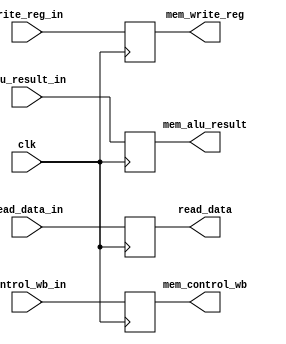
`timescale 1ns / 1ps
//////////////////////////////////////////////////////////////////////////////////
// Company: 
// Engineer: 
// 
// Design Name: 
// Module Name:    s_MEM_WB 
// Project Name: 
// Target Devices: 
// Tool versions: 
// Description: 
//
// Dependencies: 
//
// Revision: 
// Revision 0.01 - File Created
// Additional Comments: 
//
//////////////////////////////////////////////////////////////////////////////////
module s_MEM_WB(
		input [1:0]control_wb_in,
		input [31:0]read_data_in,
		input [31:0]alu_result_in,
		input [4:0]write_reg_in,
		input clk,
		output reg[1:0]mem_control_wb,
		output reg[31:0]read_data,
		output reg[31:0]mem_alu_result,
		output reg[4:0]mem_write_reg
    );
reg [1:0]rcontrol_wb_in;
reg [31:0]rread_data_in;
reg [31:0]ralu_result_in;
reg [4:0]rwrite_reg_in;
always@(posedge clk)
begin
		mem_control_wb<=rcontrol_wb_in;
		read_data<=rread_data_in;
		mem_alu_result<=ralu_result_in;
		mem_write_reg<=rwrite_reg_in;
end
always@(*)
begin
		rcontrol_wb_in=control_wb_in;
		rread_data_in=read_data_in;
		ralu_result_in=alu_result_in;
		rwrite_reg_in=write_reg_in;
end
endmodule